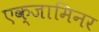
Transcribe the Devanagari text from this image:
एक्जामिनर